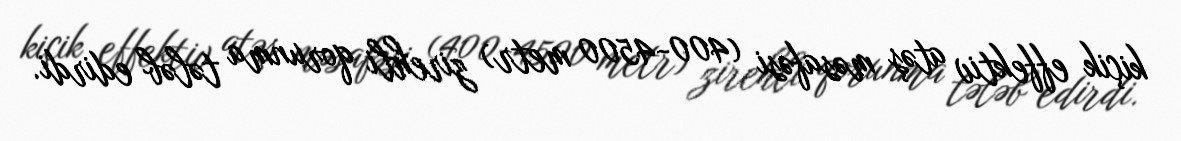
kiçik effektiv atəş məsafəsi (400-4500 metr) zirehli qorunma tələb edirdi.